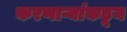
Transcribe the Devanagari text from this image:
करणाऱ्यांकडून